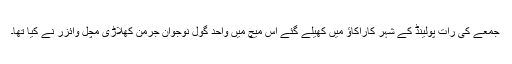
جمعے کی رات پولینڈ کے شہر کاراکاؤ میں کھیلے گئے اس میچ میں واحد گول نوجوان جرمن کھلاڑی مچل وائزر نے کیا تھا۔